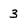
Character: 3